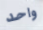
واحد